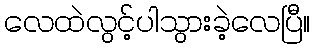
လေထဲလွင့်ပါသွားခဲ့လေပြီ။